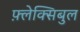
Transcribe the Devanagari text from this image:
फ़्लेक्सिबुल